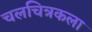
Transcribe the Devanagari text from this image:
चलचित्रकला